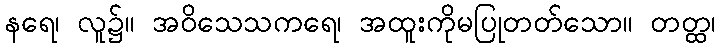
နရေ၊ လူ၌။ အဝိသေသကရေ၊ အထူးကိုမပြုတတ်သော။ တတ္ထ၊